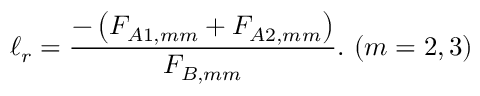
\ell _ { r } = \frac { - \left( F _ { A 1 , m m } + F _ { A 2 , m m } \right) } { F _ { B , m m } } . \ ( m = 2 , 3 )